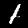
Digit: 1